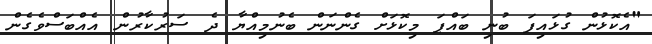
"އެކޮޅުން ގުޅައިފަ ބުނި ބައްޕަ މިކޮޅަށް ގެންނަން ބެނުމިއްޔާ ދެ ސަރުކާރުން އެއްބަސްވެގެން